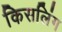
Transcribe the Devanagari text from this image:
किसलिंग